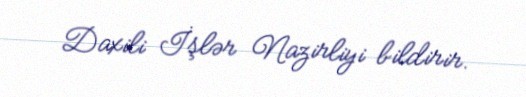
Daxili İşlər Nazirliyi bildirir.